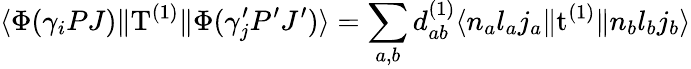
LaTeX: \langle\Phi(\gamma_{i}PJ)\| \mathrm{T}^{(1)}\| \Phi(\gamma_{j}^{\prime}P^{\prime}J^{\prime})\rangle=\sum_{a,b}d_{ab}^{(1)}\langle n_{a}l_{a}j_{a}\| \mathrm{t}^{(1)}\| n_{b}l_{b}j_{b}\rangle